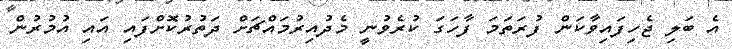
އެ ބަލި ޖެހިފައިވާކަން ފުރަތަމަ ފާހަގަ ކުރެވުނީ މެދުއިރުމައްޗަށް ދަތުރުކޮށްފައި އައި އުމުރުން